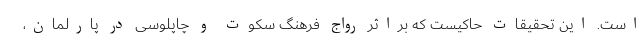
است. این تحقیقات حاکیست که براثر رواج فرهنگ سکوت و چاپلوسی در پارلمان،